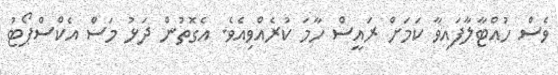
ވެސް ހުއްޓާލާފައިވާ ކަމަށް ރައީސް ހާމަ ކުރެއްވިއެވެ. އެގޮތުން ދަޅު މަސް އެކްސްޕޯޓު